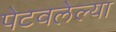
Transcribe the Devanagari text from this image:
पेटवलेल्या